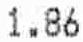
1.86